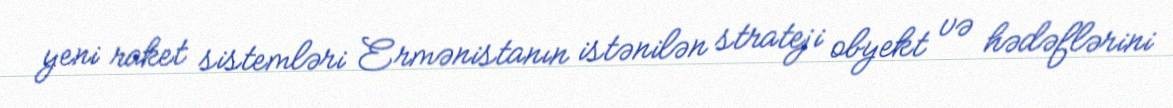
yeni raket sistemləri Ermənistanın istənilən strateji obyekt və hədəflərini